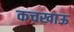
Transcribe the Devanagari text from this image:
कचखाऊ